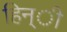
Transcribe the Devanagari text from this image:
हिन्ी